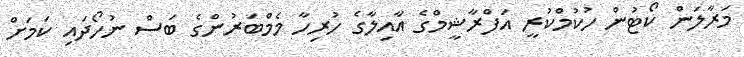
މަރާލަން ކޯޓުން ހުކުމްކުރީ އަފްރާޝީމްގެ އާއިލާގެ ހުރިހާ މެމްބަރުންގެ ބަސް ނުހޯދައި ކަމަށް